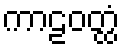
ကာဠဝတ္ထံ